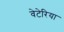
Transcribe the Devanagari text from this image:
वेटेरिया